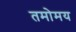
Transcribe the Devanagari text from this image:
तमोमय